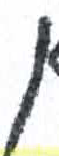
אות: ן